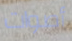
أصوات